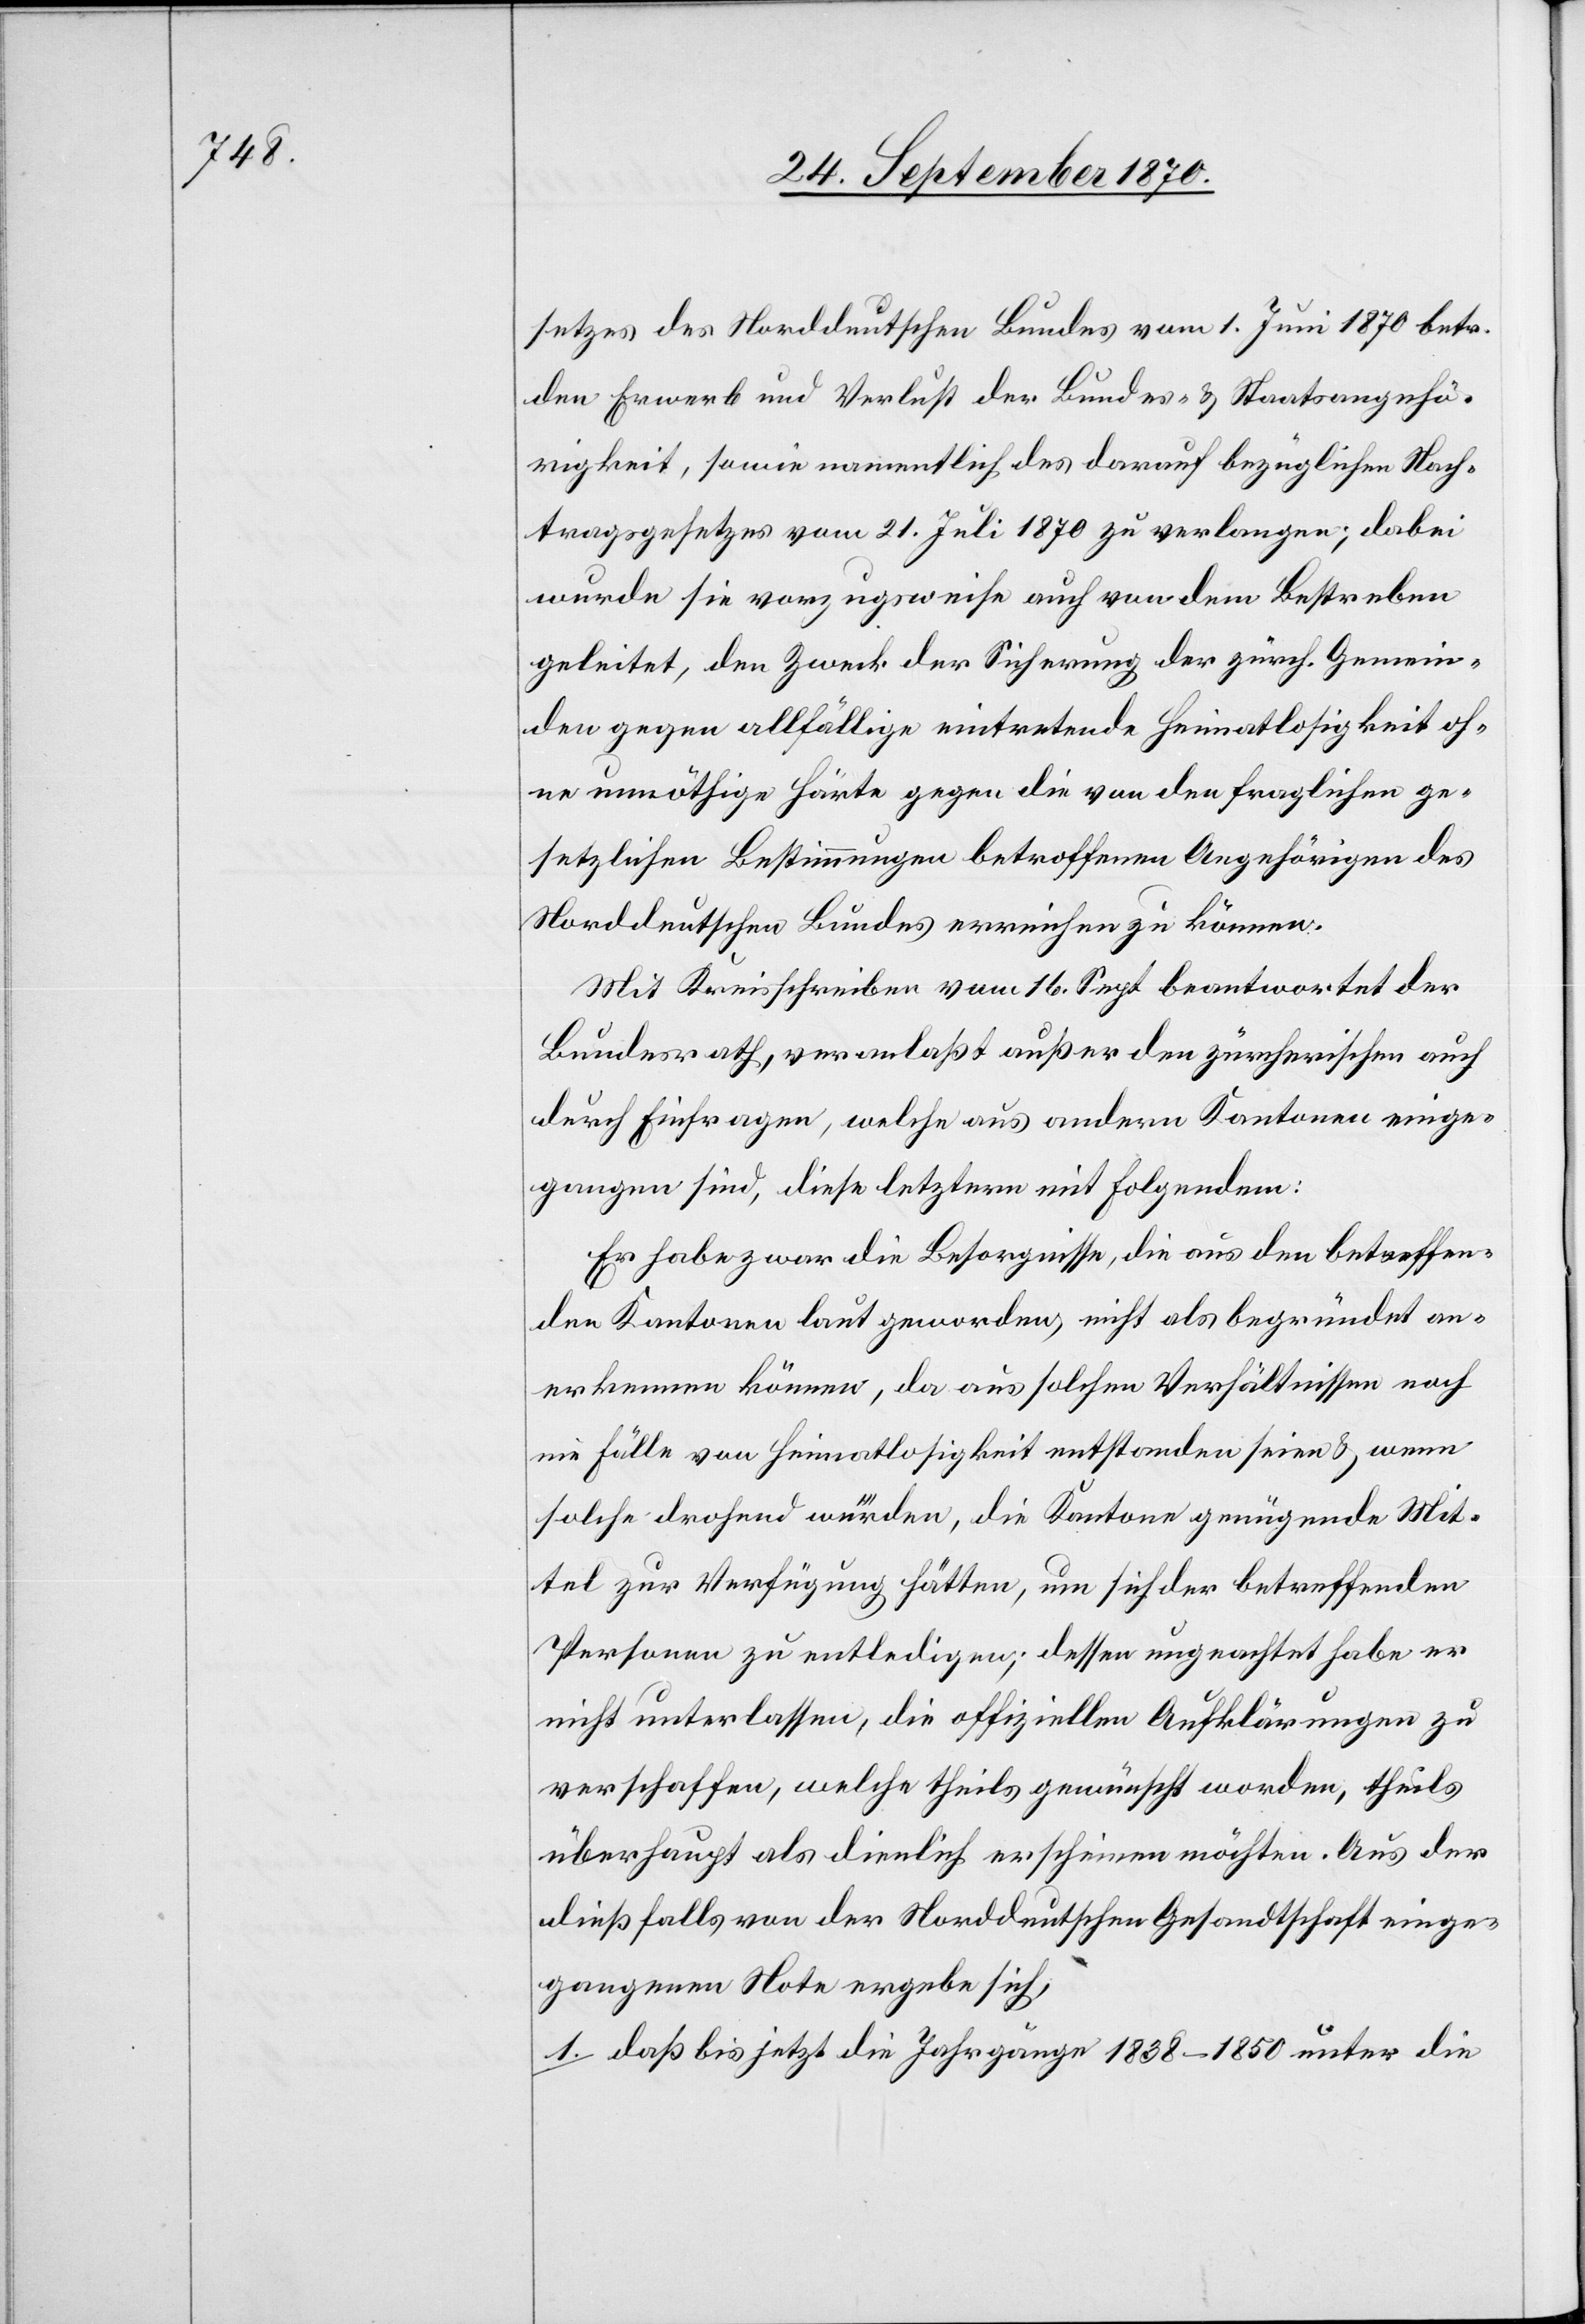
setzes des Norddeutschen Bundes vom 1. Juni 1870 betr.
den Erwerb und Verlust der Bundes- & Staatsangehö¬
rigkeit, sowie namentlich des darauf bezügliche Nach¬
tragsgesetzes vom 21. Juli 1870 zu verlangen; dabei
wurde sie vorzugsweise auch von dem Bestreben
geleitet, den Zweck der Sicherung der zürch. Gemein¬
den gegen allfällige eintretende Heimatlosigkeit oh¬
ne unnöthige Härte gegen die von den fraglichen ge¬
setzlichen Bestimmungen betreffenden Angehörigen des
Norddeutschen Bundes erreichen zu können.
Mit Kreisschreiben vom 16. Sept. beantwortet der
Bundesrath, veranlaßt außer der zürcherischen auch
durch Einfragen, welche aus andern Kantonen einge¬
gangen sind, diese leztern mit Folgendem:
Er habe zwar die Besorgnisse, die aus den betreffen¬
den Kantonen laut geworden, nicht als begründet an¬
erkennen können, da aus solchen Verhältnissen noch
nie Fälle von Heimatlosigkeit entstanden seien & wenn
solche drohend würden, die Kantone genügende Mit¬
tel zur Verfügung hätten, um sich der betreffenden
Personen zu entledigen; dessen ungeachtet habe er
nicht unterlassen, die offiziellen Aufklärungen zu
verschaffen, welche theils gewünscht worden, theils
überhaupt als dienlich erscheinen möchten. Aus der
dießfalls von der Norddeutschen Gesandtschaft einge¬
gangenen Note ergebe sich,
1. daß bis jetzt die Jahrgänge 1838–1850 unter die